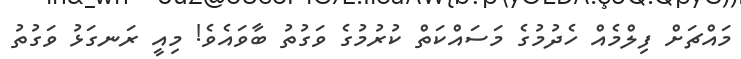
މައްޗަށް ފިލްމެއް ހެދުމުގެ މަސައްކަތް ކުރުމުގެ ވަގުތު ބާވައެވެ! މިއީ ރަނގަޅު ވަގުތު